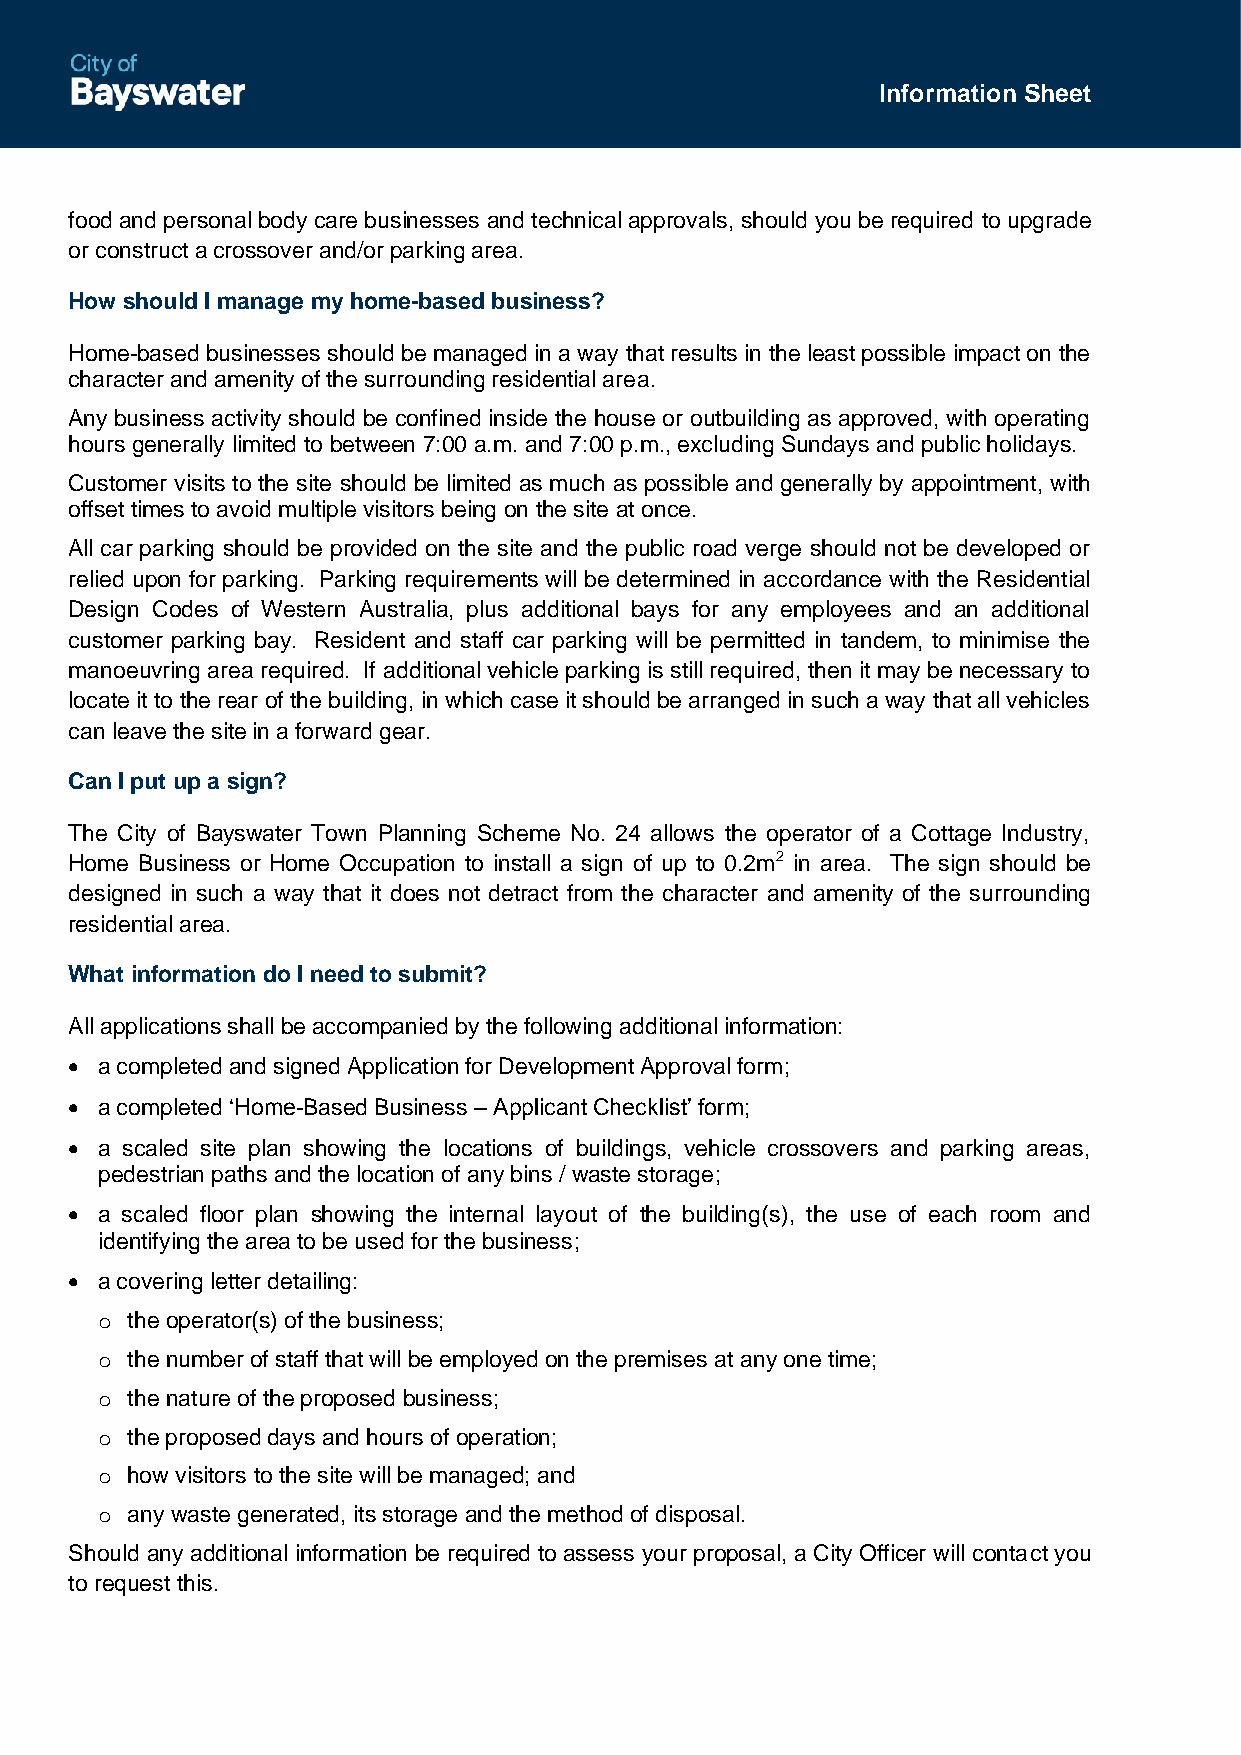
Information Sheet
 food and personal body care businesses and technical approvals, should you be required to upgrade
 or construct a crossover and/or parking area.
 How should I manage my home-based business?
 Home-based businesses should be managed in a way that results in the least possible impact on the
 character and amenity of the surrounding residential area.
 Any business activity should be confined inside the house or outbuilding as approved, with operating
 hours generally limited to between 7:00 a.m. and 7:00 p.m., excluding Sundays and public holidays.
 Customer visits to the site should be limited as much as possible and generally by appointment, with
 offset times to avoid multiple visitors being on the site at once.
 All car parking should be provided on the site and the public road verge should not be developed or
 relied upon for parking. Parking requirements will be determined in accordance with the Residential
 Design Codes of Western Australia, plus additional bays for any employees and an additional
 customer parking bay. Resident and staff car parking will be permitted in tandem, to minimise the
 manoeuvring area required. If additional vehicle parking is still required, then it may be necessary to
 locate it to the rear of the building, in which case it should be arranged in such a way that all vehicles
 can leave the site in a forward gear.
 Can I put up a sign?
 The City of Bayswater Town Planning Scheme No. 24 allows the operator of a Cottage Industry,
 Home Business or Home Occupation to install a sign of up to 0.2m2 in area. The sign should be
 designed in such a way that it does not detract from the character and amenity of the surrounding
 residential area.
 What information do I need to submit?
 All applications shall be accompanied by the following additional information:
  a completed and signed Application for Development Approval form;
  a completed ‘Home-Based Business – Applicant Checklist’ form;
  a scaled site plan showing the locations of buildings, vehicle crossovers and parking areas,
 pedestrian paths and the location of any bins / waste storage;
  a scaled floor plan showing the internal layout of the building(s), the use of each room and
 identifying the area to be used for the business;
  a covering letter detailing:
 o the operator(s) of the business;
 o the number of staff that will be employed on the premises at any one time;
 o the nature of the proposed business;
 o the proposed days and hours of operation;
 o how visitors to the site will be managed; and
 o any waste generated, its storage and the method of disposal.
 Should any additional information be required to assess your proposal, a City Officer will contact you
 to request this.